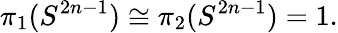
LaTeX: \pi_{1}(S^{2n-1})\cong\pi_{2}(S^{2n-1})=1.